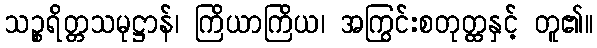
သဉ္စရိတ္တသမုဋ္ဌာန်၊ ကြိယာကြိယ၊ အကြွင်းစတုတ္ထနှင့် တူ၏။